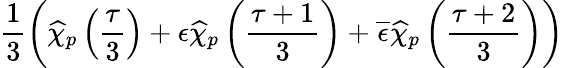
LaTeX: \frac{1}{3}\left(\widehat{\chi}_{p}\left(\frac{\tau}{3}\right)+\epsilon\widehat{\chi}_{p}\left(\frac{\tau+1}{3}\right)+\overline{{{\epsilon}}}\widehat{\chi}_{p}\left(\frac{\tau+2}{3}\right)\right)